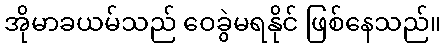
အိုမာခယမ်သည် ဝေခွဲမရနိုင် ဖြစ်နေသည်။